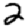
Digit: 2